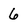
Character: 6